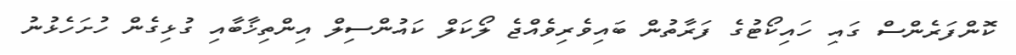
ކޮންފަރެންސް ގައި ހައިކޯޓުގެ ފަރާތުން ބައިވެރިވެއްޖެ ލޯކަލް ކައުންސިލް އިންތިޚާބާއި ގުޅިގެން ހުށަހެޅުނު